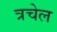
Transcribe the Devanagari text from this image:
त्रचेल